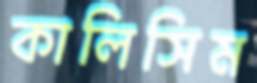
কালিসিম